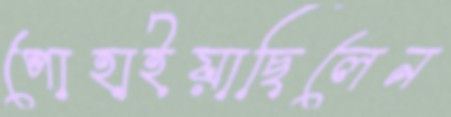
পোহাইয়াছিলেন